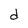
Character: d